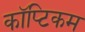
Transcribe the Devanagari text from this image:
कॉप्टिकम